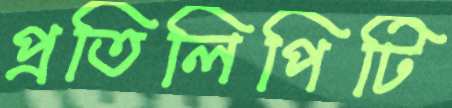
প্রতিলিপিটি